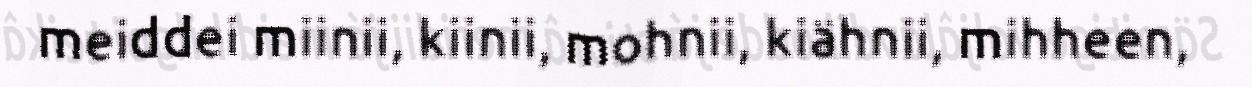
meiddei miinii, kiinii, mohnii, kiähnii, mihheen,